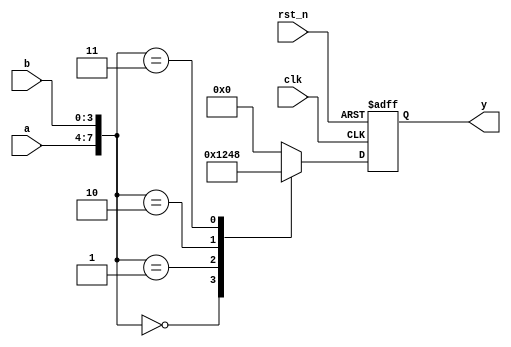
module cpld_example (
    input wire clk,          // Global clock signal
    input wire rst_n,        // Global reset signal (active low)
    input wire [3:0] a,      // Input to the logic block
    input wire [3:0] b,      // Second input to the logic block
    output reg [3:0] y       // Output from the logic block
);

// Logic Block with LUT and Flip-Flop
reg [3:0] lut_out; // Output of the LUT
reg [3:0] ff_out;  // Output of the flip-flop

// LUT implementation (4-input LUT)
always @(*) begin
    case ({a, b}) // Example: 4-input LUT with 2 inputs each of 4 bits
        8'b00000000: lut_out = 4'b0001; // Example logic function
        8'b00000001: lut_out = 4'b0010;
        8'b00000010: lut_out = 4'b0100;
        8'b00000011: lut_out = 4'b1000;
        default: lut_out = 4'b0000; // Default case
    endcase
end

// Flip-Flop for sequential logic
always @(posedge clk or negedge rst_n) begin
    if (!rst_n) begin
        ff_out <= 4'b0000; // Reset state
    end else begin
        ff_out <= lut_out; // Capture LUT output
    end
end

// Output assignment
always @(*) begin
    y = ff_out; // Assign flip-flop output to the output port
end

endmodule